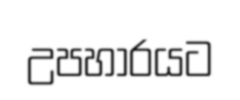
උපහාරයට